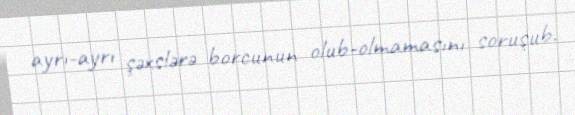
ayrı-ayrı şəxslərə borcunun olub-olmamasını soruşub.